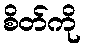
စိတ်ကို